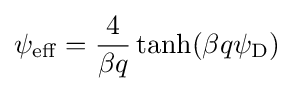
\psi _{\rm {eff}}={\frac {4}{\beta q}}\tanh(\beta q\psi _{\rm {D}})